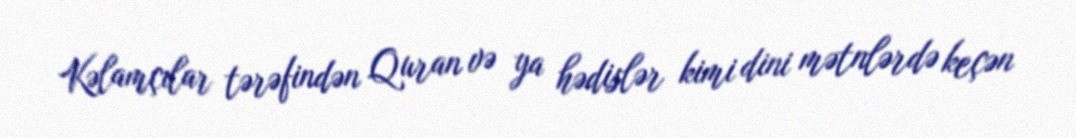
Kəlamçılar tərəfindən Quran və ya hədislər kimi dini mətnlərdə keçən